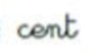
cent